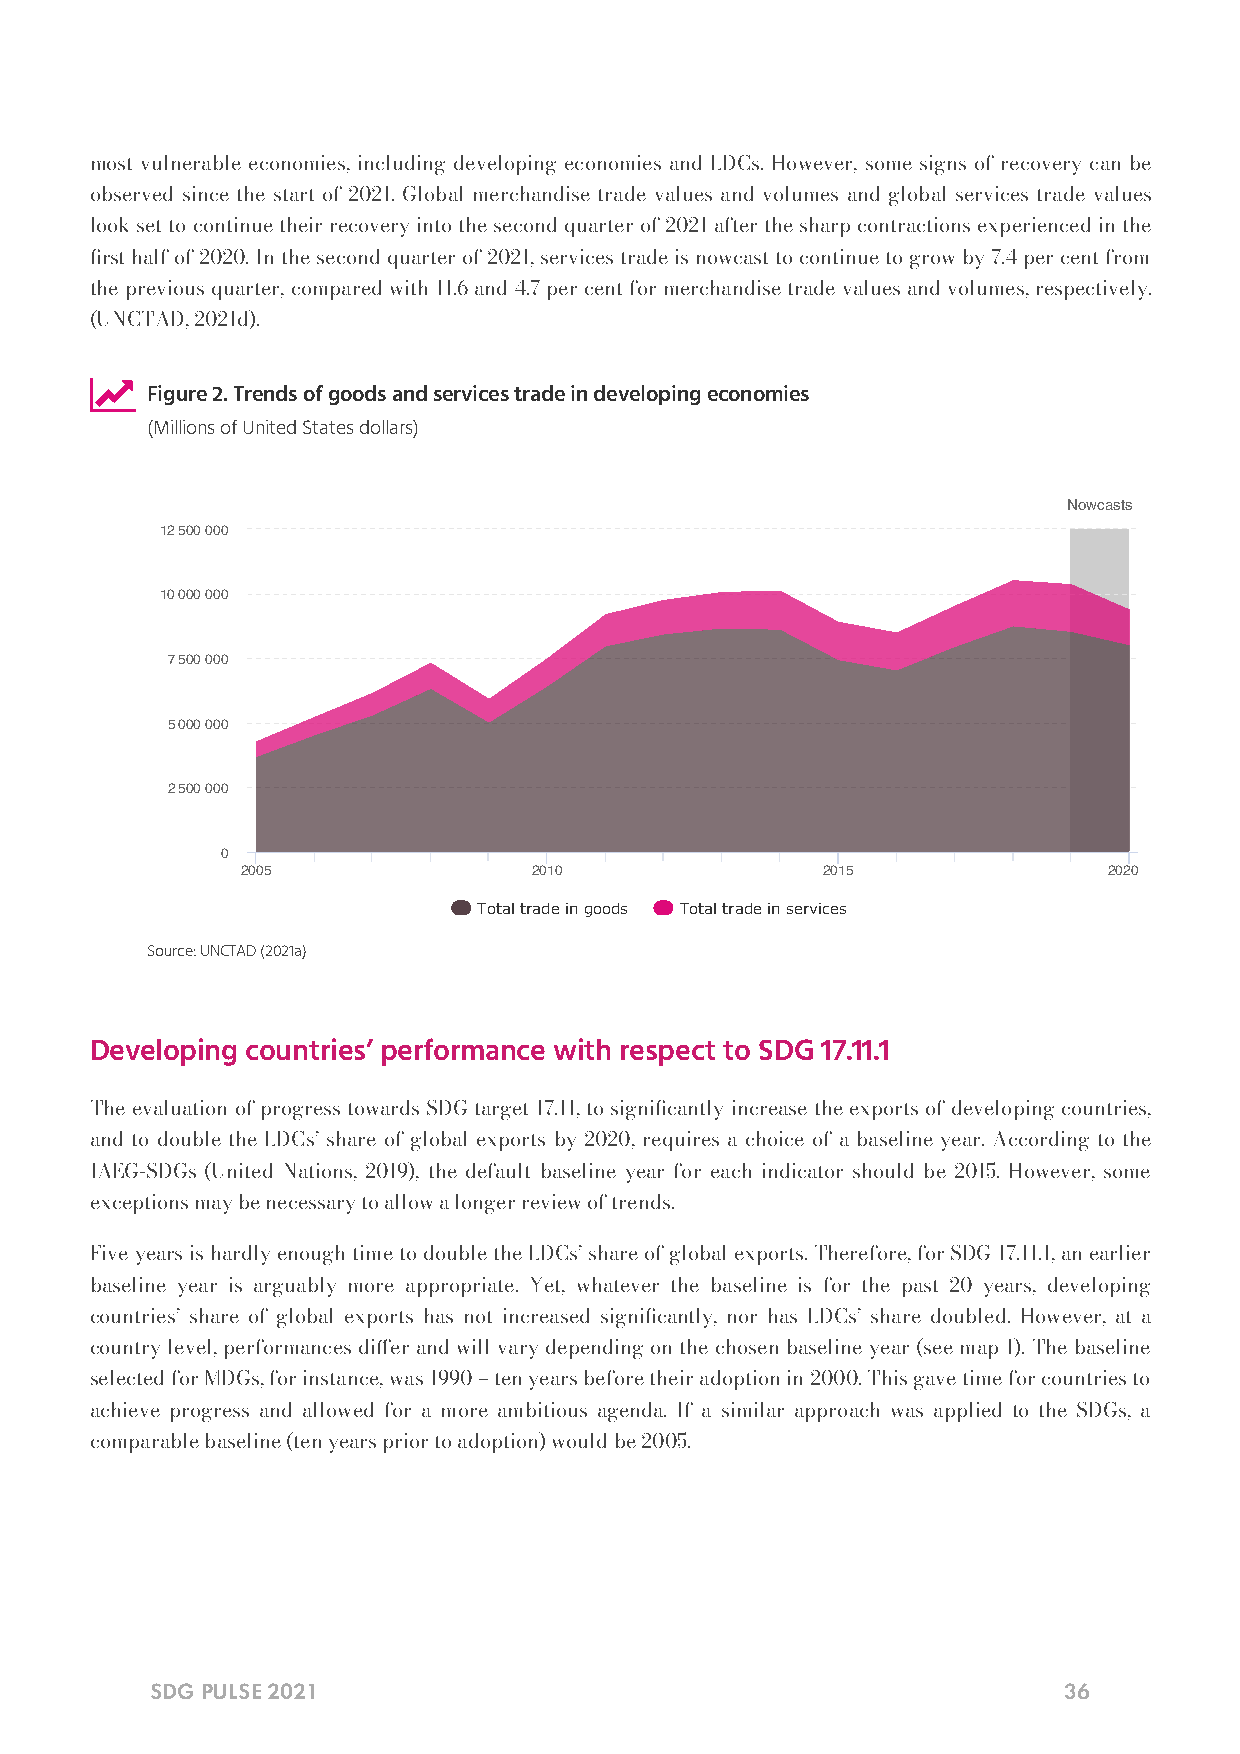
most vulnerable economies, including developing economies and LDCs. However, some signs of recovery can be
 observed since the start of 2021. Global merchandise trade values and volumes and global services trade values
 look set to continue their recovery into the second quarter of 2021 after the sharp contractions experienced in the
 rst half of 2020. In the second quarter of 2021, services trade is nowcast to continue to grow by 7.4 per cent from
 the previous quarter, compared with 11.6 and 4.7 per cent for merchandise trade values and volumes, respectively.
 (UNCTAD, 2021d).
 
 Figure 2. Trends of goods and services trade in developing economies
 (Millions of United States dollars)
 Nowcasts
 12 500 000
 10 000 000
 7 500 000
 5 000 000
 2 500 000
 0
 2005               2010               2015               2020
 Total trade in goods Total trade in services
 Source: UNCTAD (2021a)
 Developing countries’ performance with respect to SDG 17.11.1
 The evaluation of progress towards SDG target 17.11, to signicantly increase the exports of developing countries,
 and to double the LDCs’ share of global exports by 2020, requires a choice of a baseline year. According to the
 IAEG-SDGs (United Nations, 2019), the default baseline year for each indicator should be 2015. However, some
 exceptions may be necessary to allow a longer review of trends.
 Five years is hardly enough time to double the LDCs’ share of global exports. Therefore, for SDG 17.11.1, an earlier
 baseline year is arguably more appropriate. Yet, whatever the baseline is for the past 20 years, developing
 countries’ share of global exports has not increased signicantly, nor has LDCs’ share doubled. However, at a
 country level, performances dier and will vary depending on the chosen baseline year (see map 1). The baseline
 selected for MDGs, for instance, was 1990 – ten years before their adoption in 2000. This gave time for countries to
 achieve progress and allowed for a more ambitious agenda. If a similar approach was applied to the SDGs, a
 comparable baseline (ten years prior to adoption) would be 2005.
 SDG PULSE 2021                                              36